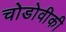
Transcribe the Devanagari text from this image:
चोडोवीकी